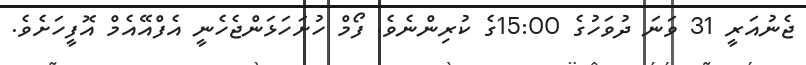
ޖެނުއަރީ 31 ވަނަ ދުވަހުގެ 15:00ގެ ކުރިންނެވެ. ފޯމް ހުށަހަޅަންޖެހެނީ އެފްއޭއެމް އޮފީހަށެވެ.